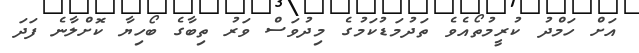
އަށް ހަމްދު ކުރީމުތޯއެވެ ތަދުމަޑުކަމުގެ މިދުވަސް ވަރު ތިބާގެ ބޯހިޔާ ކޮށްލާނެ ފަދަ